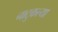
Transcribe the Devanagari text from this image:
नाटुकल्या